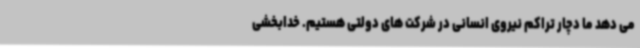
می دهد ما دچار تراکم نیروی انسانی در شرکت های دولتی هستیم. خدابخشی